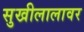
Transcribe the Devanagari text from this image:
सुखीलालावर